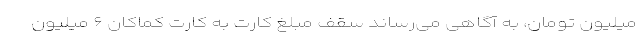
میلیون تومان، به آگاهی می‌رساند سقف مبلغ کارت به کارت کماکان ۶ میلیون